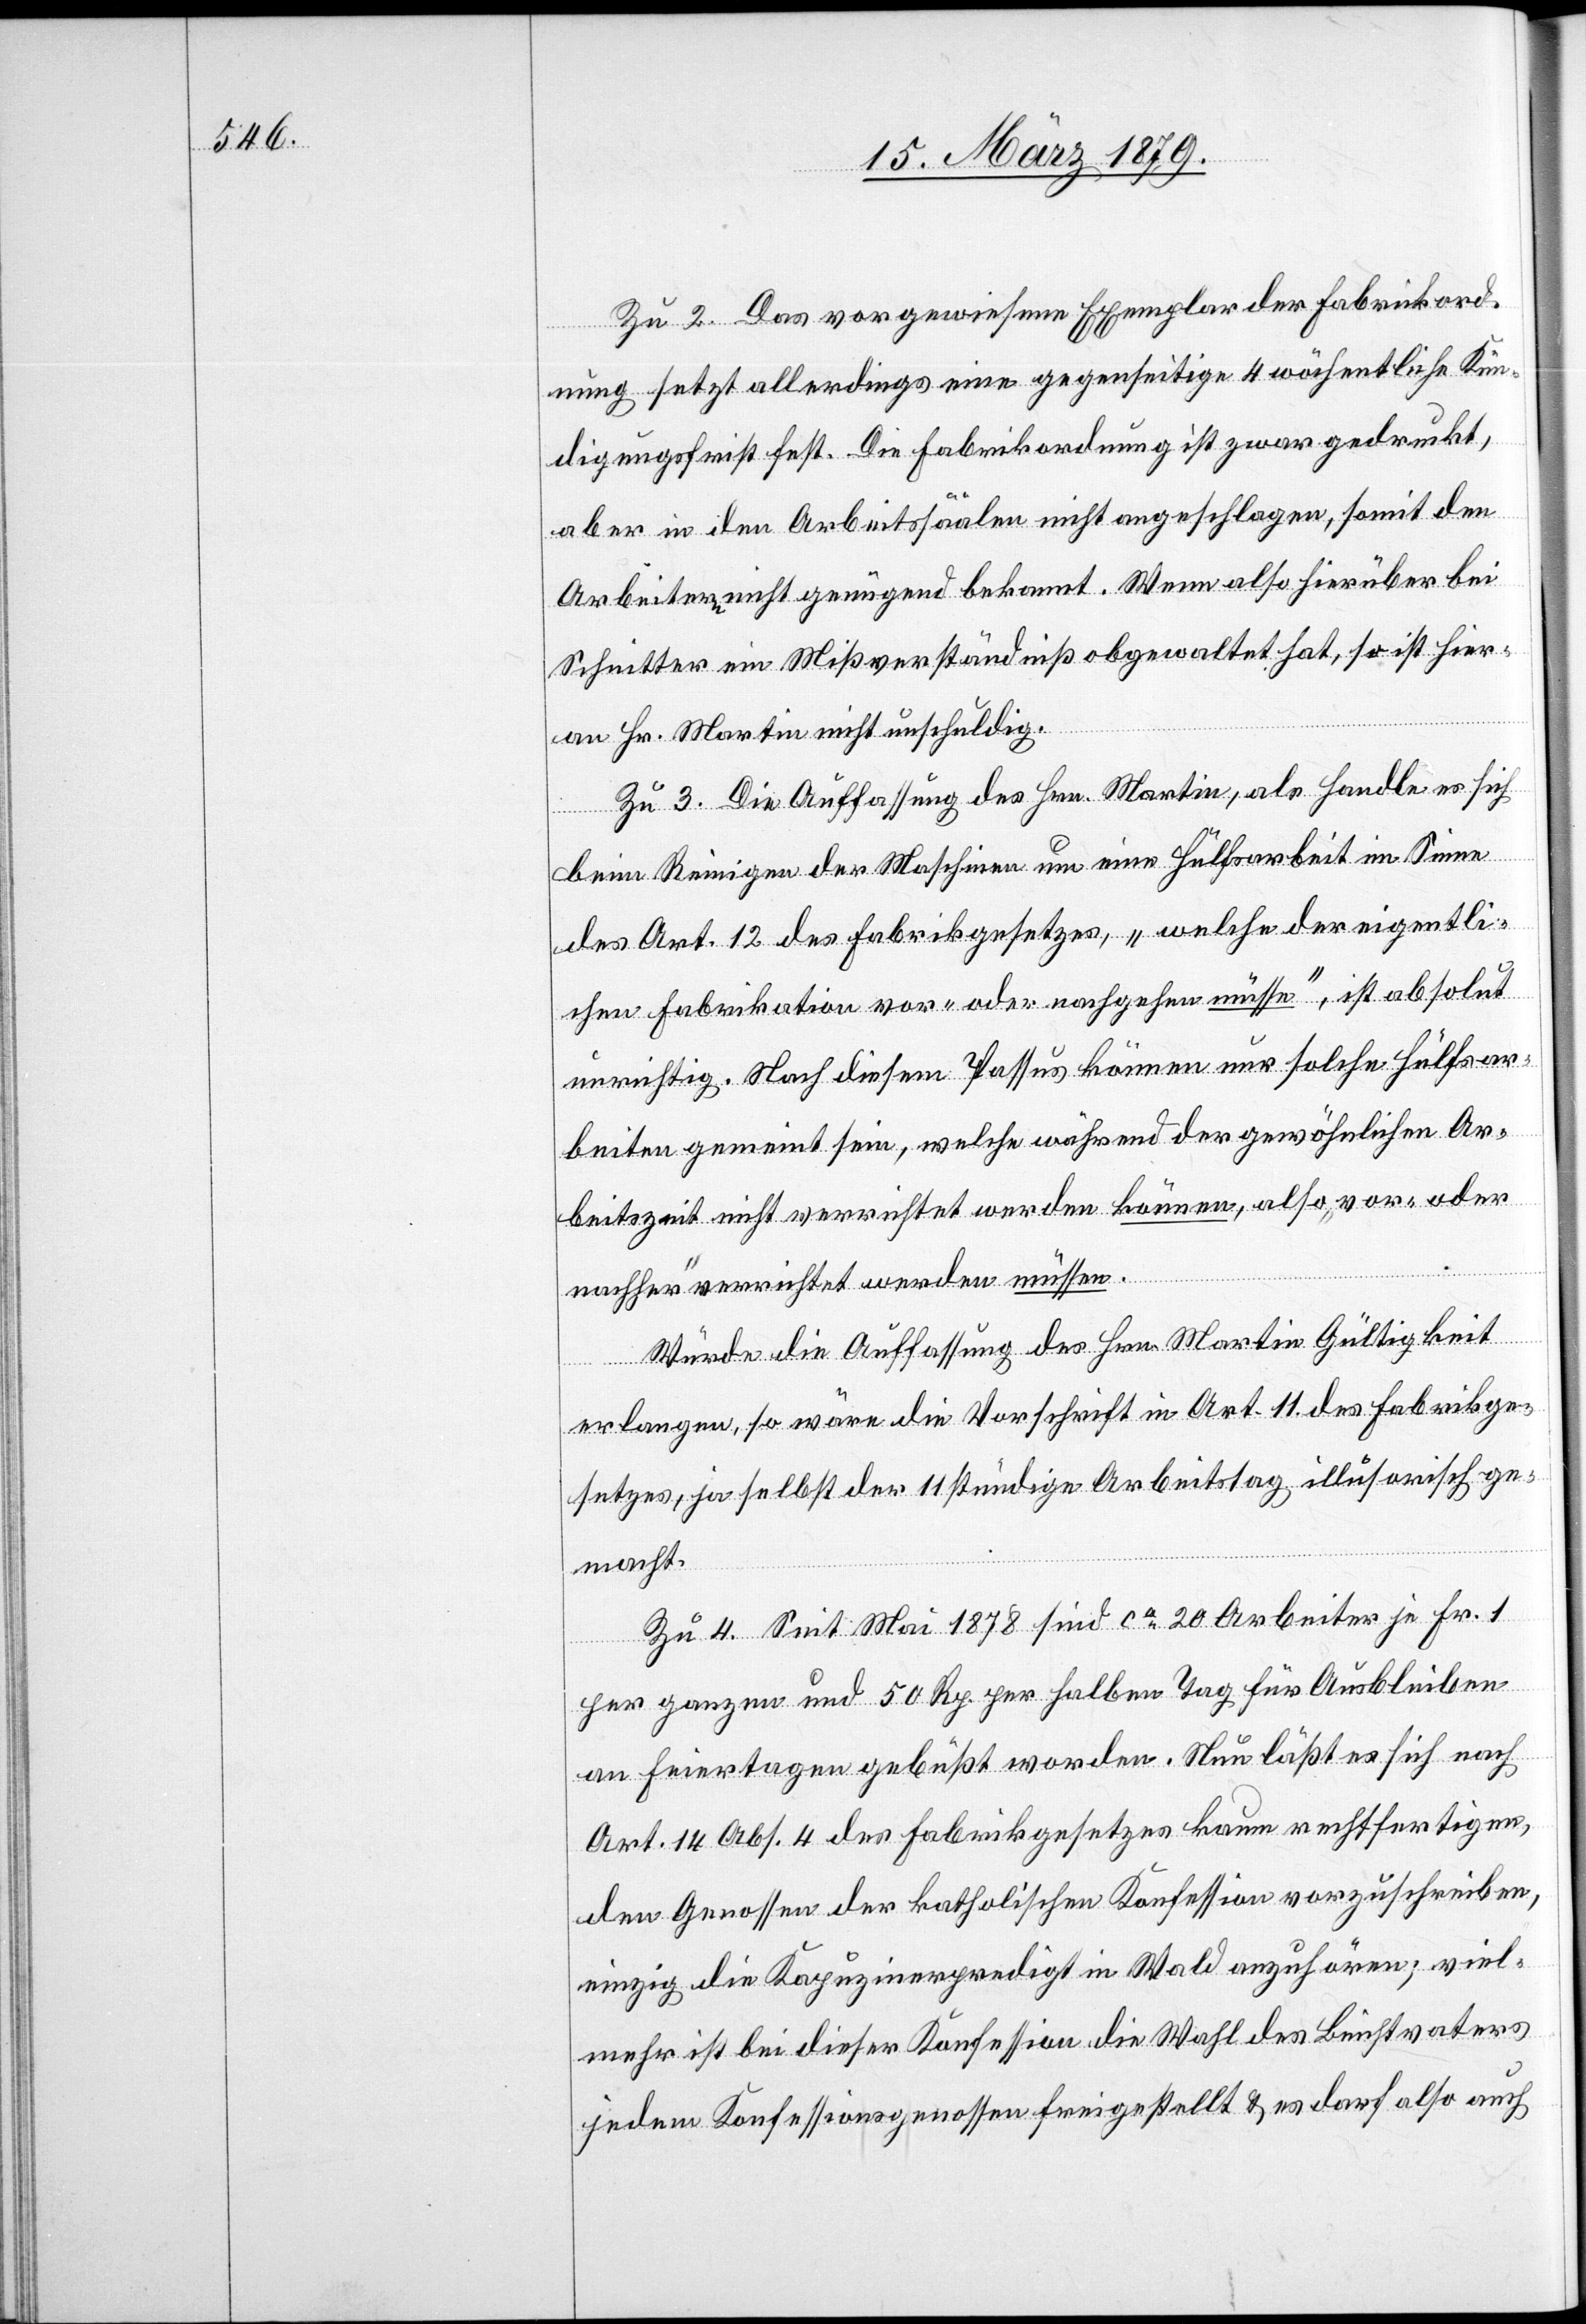
Zu 2. Das vorgewiesene Exemplar der Fabrikord¬
nung setzt allerdings eine gegenseitige 4 wöchentliche Kün¬
digungsfrist fest. Die Fabrikordnung ist zwar gedruckt,
aber in den Arbeitssäälen nicht angeschlagen, somit den
Arbeitern nicht genügend bekannt. Wenn also hierüber bei
Schnitter ein Mißverständniß obgewaltet hat, so ist hier¬
an Hr. Martin nicht unschuldig.
Zu 3. Die Auffassung des Hrn. Martin, als handle es sich
beim Reinigen der Maschinen um eine Hülfsarbeit im Sinne
des Art. 12 des Fabrikgesetzes, „welche der eigentli¬
chen Fabrikation vor- oder nachgehen müsse“, ist absolut
unrichtig. Nach diesem Passus können nur solche Hülfsar¬
beiten gemeint sein, welche während der gewöhnlichen Ar¬
beitszeit nicht verrichtet werden können, also „vor- oder
nachher“ verrichtet werden müssen.
Würde die Auffassung des Hrn. Martin Gültigkeit
erlangen, so wäre die Vorschrift in Art. 11 des Fabrikge¬
setzes, ja selbst der 11 stündige Arbeitstag illusorisch ge¬
macht.
Zu 4. Seit Mai 1878 sind ca 20 Arbeiter je Fr. 1
per ganzen und 50 Rp. per halben Tag für Ausbleiben
an Feiertagen gebüßt worden. Nun läßt es sich nach
Art. 14 Abs. 4 des Fabrikgesetzes kaum rechtfertigen,
den Genossen der katholischen Konfession vorzuschreiben,
einzig die Kapuzinerpredigt in Wald anzuhören; viel¬
mehr ist bei dieser Konfession die Wahl des Beichtvaters
jedem Konfessionsgenossen freigestellt & es darf also auch